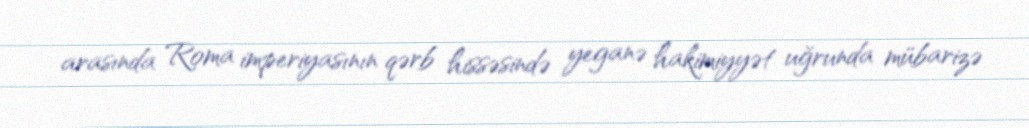
arasında Roma imperiyasının qərb hissəsində yeganə hakimiyyət uğrunda mübarizə